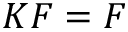
K F = F